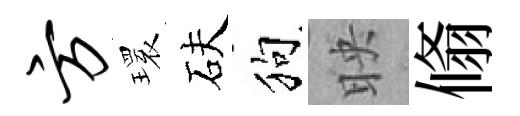
方𤨔砆狗映翛